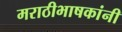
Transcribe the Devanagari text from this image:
मराठीभाषकांनी